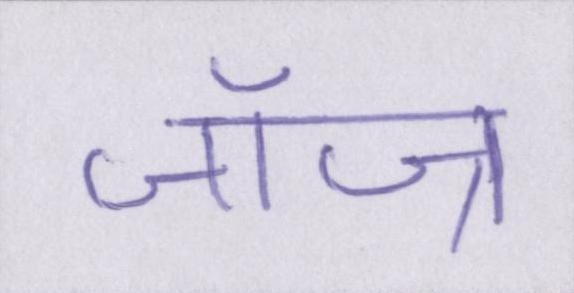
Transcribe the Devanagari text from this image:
जॉज्र